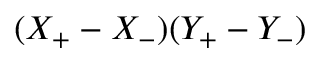
( X _ { + } - X _ { - } ) ( Y _ { + } - Y _ { - } )